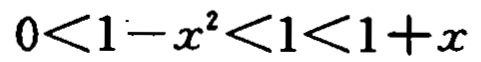
\(0<1 - x^{2}<1<1 + x\)